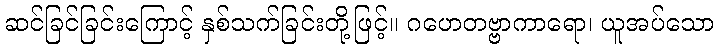
ဆင်ခြင်ခြင်းကြောင့် နှစ်သက်ခြင်းတို့ဖြင့်။ ဂဟေတဗ္ဗာကာရော၊ ယူအပ်သော